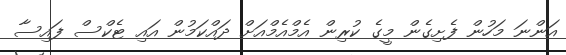
އަންނަ މަހުން ފެށިގެން މީގެ ކުރިން އެމްއެމްއަށް ދައްކަމުން އައި ޓެކްސް ފައިސާ